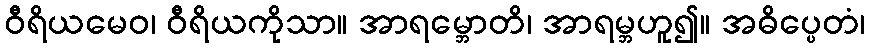
ဝီရိယမေဝ၊ ဝီရိယကိုသာ။ အာရမ္ဘောတိ၊ အာရမ္ဘဟူ၍။ အဓိပ္ပေတံ၊